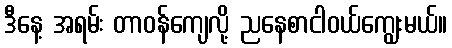
ဒီနေ့ အရမ်း တာဝန်ကျေလို့ ညနေစာငါဝယ်ကျွေးမယ်။